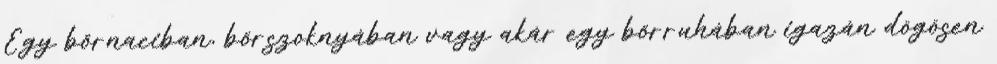
Egy bőrnaciban, bőrszoknyában vagy akár egy bőrruhában igazán dögösen